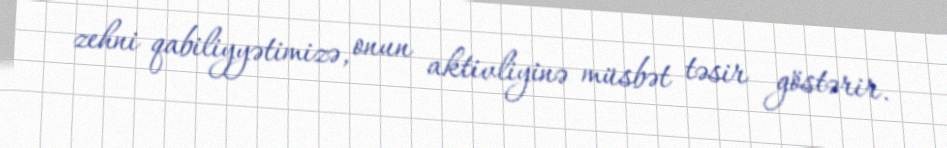
zehni qabiliyyətimizə, onun aktivliyinə müsbət təsir göstərir.